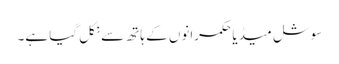
سوشل میڈیا حکمرانوں کے ہاتھ سے نکل گیا ہے۔